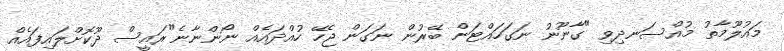
މައުލޫމާތު މުއްސަނދިވި "ގާނޫނު ނަގަހައްޓަން ބޭރުން ނަގަން ޖެހޭ ހުއްދައެއް ނޯންނާނެ"ރައީސް ދޫކޮށްލައިފައެއް